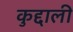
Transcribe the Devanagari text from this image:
कुद्दाली